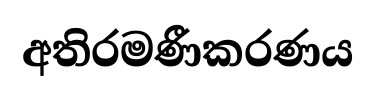
අතිරමණීකරණය